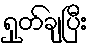
ရှုတ်ချပြီး